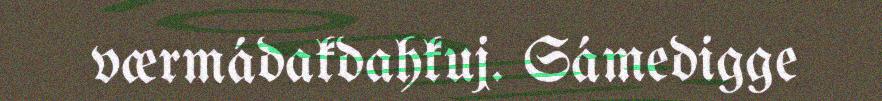
værmádakdahkuj. Sámedigge